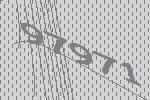
97971